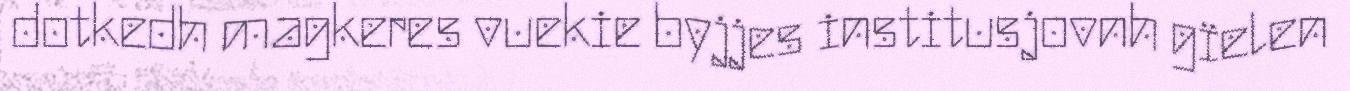
dotkedh magkeres vuekie byjjes institusjovnh gïelen